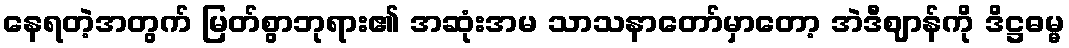
နေရတဲ့အတွက် မြတ်စွာဘုရား၏ အဆုံးအမ သာသနာတော်မှာတော့ အဲဒီဈာန်ကို ဒိဋ္ဌဓမ္မ